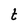
Character: t